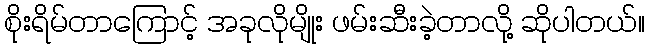
စိုးရိမ်တာကြောင့် အခုလိုမျိုး ဖမ်းဆီးခဲ့တာလို့ ဆိုပါတယ်။